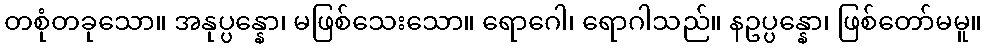
တစုံတခုသော။ အနုပ္ပန္နော၊ မဖြစ်သေးသော။ ရောဂေါ၊ ရောဂါသည်။ နဥပ္ပန္နော၊ ဖြစ်တော်မမူ။